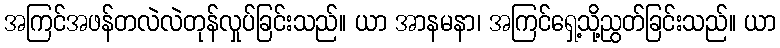
အကြင်အဖန်တလဲလဲတုန်လှုပ်ခြင်းသည်။ ယာ အာနမနာ၊ အကြင်ရှေ့သို့ညွတ်ခြင်းသည်။ ယာ